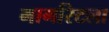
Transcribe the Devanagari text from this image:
मार्गारेटला